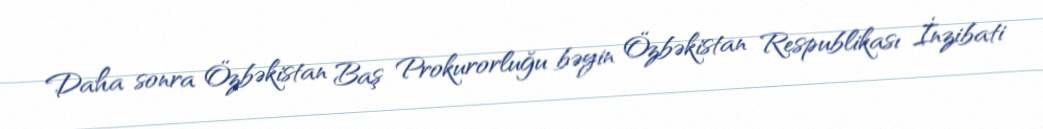
Daha sonra Özbəkistan Baş Prokurorluğu bəyin Özbəkistan Respublikası İnzibati